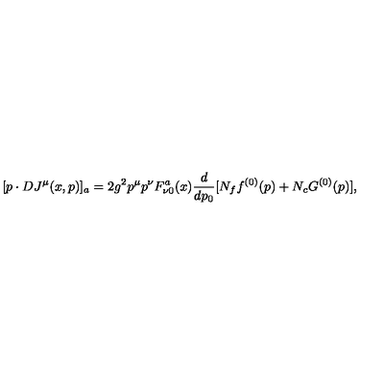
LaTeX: [ p \cdot D J ^ { \mu } ( x , p ) ] _ { a } = 2 g ^ { 2 } p ^ { \mu } p ^ { \nu } F _ { \nu 0 } ^ { a } ( x ) { \frac { d } { d p _ { 0 } } } [ N _ { f } f ^ { ( 0 ) } ( p ) + N _ { c } G ^ { ( 0 ) } ( p ) ] ,